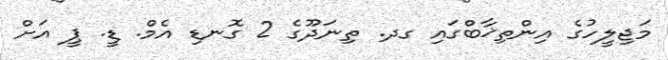
މަޖިލީހުގެ އިންތިޚާބްގައި ގދ. ތިނަދޫގެ 2 ގޮނޑި އެމް. ޑީ. ޕީ އަށް